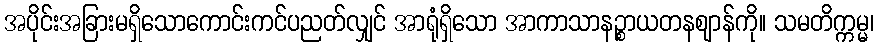
အပိုင်းအခြားမရှိသောကောင်းကင်ပညတ်လျှင် အာရုံရှိသော အာကာသာနဉ္စာယတနဈာန်ကို။ သမတိက္ကမ္မ၊